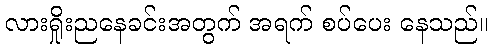
လားရှိုးညနေခင်းအတွက် အရက် စပ်ပေး နေသည်။